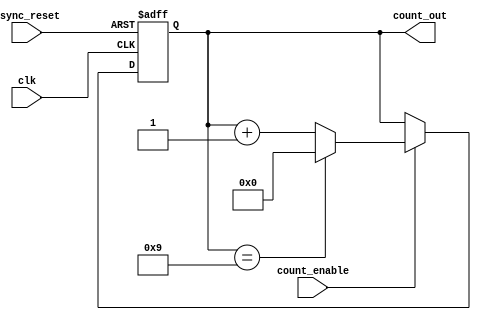
module BCD_Asynchronous_Counter (
    input wire clk,              // Clock input
    input wire count_enable,     // Count enable input
    input wire async_reset,      // Asynchronous reset input
    output reg [3:0] count_out   // 4-bit output representing the BCD count
);

    // Asynchronous reset and count logic
    always @(posedge clk or posedge async_reset) begin
        if (async_reset) begin
            count_out <= 4'b0000; // Reset to 0000
        end else if (count_enable) begin
            // Counting logic
            if (count_out == 4'b1001) begin
                count_out <= 4'b0000; // Reset to 0000 when reaching 9
            end else begin
                count_out <= count_out + 1; // Increment the count
            end
        end
    end

endmodule